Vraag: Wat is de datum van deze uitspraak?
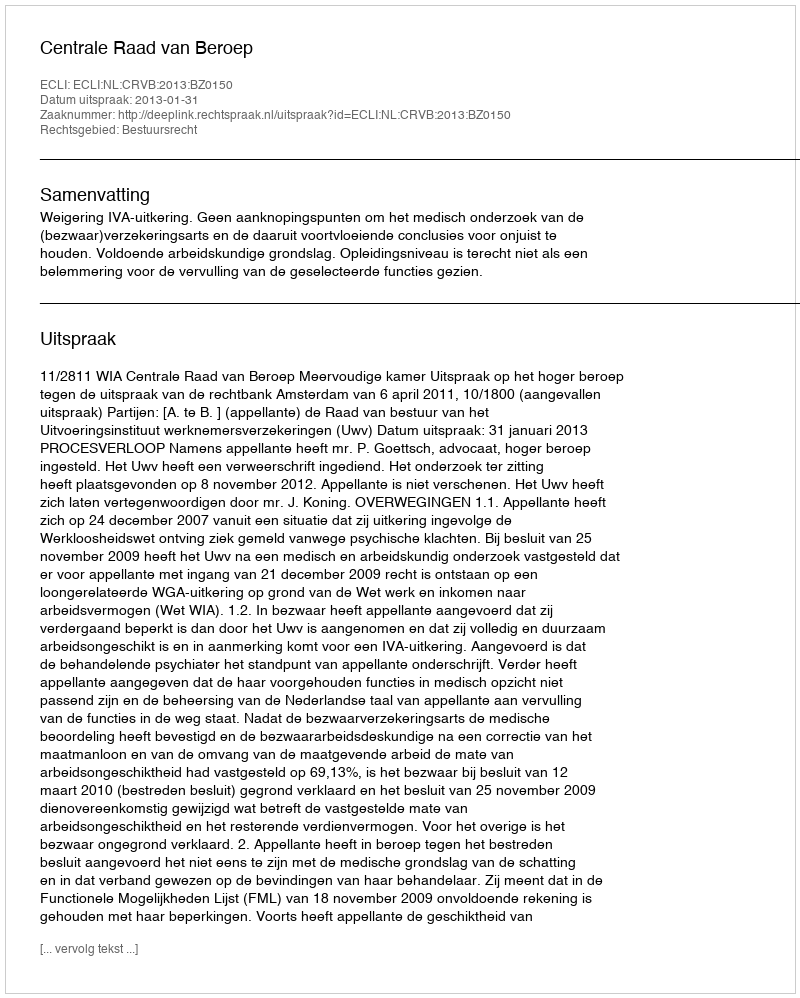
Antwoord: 2013-01-31